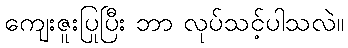
ကျေးဇူးပြုပြီး ဘာ လုပ်သင့်ပါသလဲ။